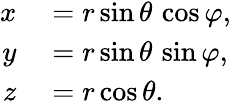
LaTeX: \begin{array}{rl}{x}&{{}=r\sin\theta\, \cos\varphi,}\\ {y}&{{}=r\sin\theta\, \sin\varphi,}\\ {z}&{{}=r\cos\theta.}\end{array}